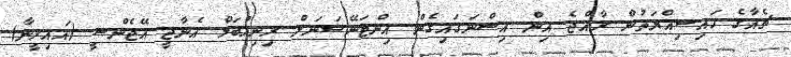
ޗެއާގެ ހައިސިއްޔަތުން ރާއްޖެ އިން އިސްނަގައިގެން އިންޓަނޭޝަނަލް ރިނިއުބަލް އެނާޖީ އޭޖެންސީ (އައިރީނާ)